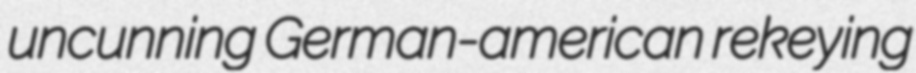
uncunning German-american rekeying